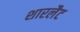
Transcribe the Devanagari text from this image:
शारलैट